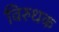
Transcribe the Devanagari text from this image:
विरुधक